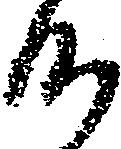
候